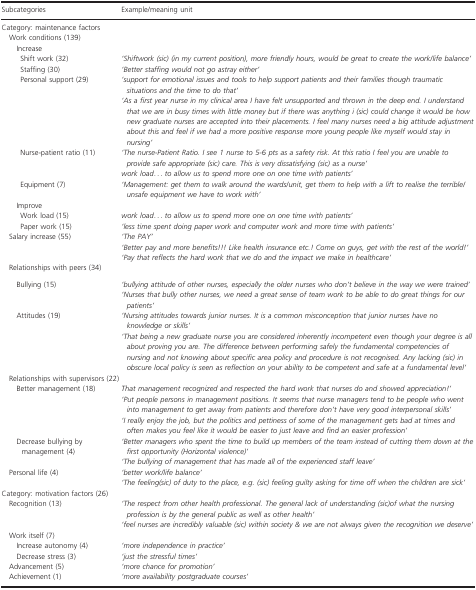
<table><thead><tr><td><b>Subcategories</b></td><td><b>Example/meaning unit</b></td></tr></thead><tbody><tr><td colspan="2">Category: maintenance factors</td></tr><tr><td colspan="2">Work conditions (139)</td></tr><tr><td colspan="2">Increase</td></tr><tr><td>Shift work (32)</td><td><i>‘Shiftwork (sic) (in my current position), more friendly hours, would be great to create the work/life balance’</i></td></tr><tr><td>Staffing (30)</td><td><i>‘Better staffing would not go astray either’</i></td></tr><tr><td rowspan="2">Personal support (29)</td><td><i>‘support for emotional issues and tools to help support patients and their families though traumatic situations and the time to do that’</i></td></tr><tr><td><i>‘As a first year nurse in my clinical area I have felt unsupported and thrown in the deep end. I understand that we are in busy times with little money but if there was anything i (sic) could change it would be how new graduate nurses are accepted into their placements. I feel many nurses need a big attitude adjustment about this and feel if we had a more positive response more young people like myself would stay in nursing’</i></td></tr><tr><td rowspan="2">Nurse‐patient ratio (11)</td><td><i>‘The nurse‐Patient Ratio. I see 1 nurse to 5‐6 pts as a safety risk. At this ratio I feel you are unable to provide safe appropriate (sic) care. This is very dissatisfying (sic) as a nurse’</i></td></tr><tr><td><i>work load... to allow us to spend more one on one time with patients’</i></td></tr><tr><td>Equipment (7)</td><td><i>‘Management: get them to walk around the wards/unit, get them to help with a lift to realise the terrible/unsafe equipment we have to work with’</i></td></tr><tr><td colspan="2">Improve</td></tr><tr><td>Work load (15)</td><td><i>work load... to allow us to spend more one on one time with patients’</i></td></tr><tr><td>Paper work (15)</td><td><i>‘less time spent doing paper work and computer work and more time with patients’</i></td></tr><tr><td rowspan="3">Salary increase (55)</td><td><i>‘The PAY’</i></td></tr><tr><td><i>‘Better pay and more benefits!!! Like health insurance etc.! Come on guys, get with the rest of the world!’</i></td></tr><tr><td><i>‘Pay that reflects the hard work that we do and the impact we make in healthcare’</i></td></tr><tr><td colspan="2">Relationships with peers (34)</td></tr><tr><td rowspan="2">Bullying (15)</td><td><i>‘bullying attitude of other nurses, especially the older nurses who don&#x27;t believe in the way we were trained’</i></td></tr><tr><td><i>‘Nurses that bully other nurses, we need a great sense of team work to be able to do great things for our patients’</i></td></tr><tr><td rowspan="2">Attitudes (19)</td><td><i>‘Nursing attitudes towards junior nurses. It is a common misconception that junior nurses have no knowledge or skills’</i></td></tr><tr><td><i>‘That being a new graduate nurse you are considered inherently incompetent even though your degree is all about proving you are. The difference between performing safely the fundamental competencies of nursing and not knowing about specific area policy and procedure is not recognised. Any lacking (sic) in obscure local policy is seen as reflection on your ability to be competent and safe at a fundamental level’</i></td></tr><tr><td colspan="2">Relationships with supervisors (22)</td></tr><tr><td rowspan="3">Better management (18)</td><td><i>That management recognized and respected the hard work that nurses do and showed appreciation!’</i></td></tr><tr><td><i>‘Put people persons in management positions. It seems that nurse managers tend to be people who went into management to get away from patients and therefore don&#x27;t have very good interpersonal skills’</i></td></tr><tr><td><i>‘I really enjoy the job, but the politics and pettiness of some of the management gets bad at times and often makes you feel like it would be easier to just leave and find an easier profession’</i></td></tr><tr><td rowspan="2">Decrease bullying by management (4)</td><td><i>‘Better managers who spent the time to build up members of the team instead of cutting them down at the first opportunity (Horizontal violence)’</i></td></tr><tr><td><i>‘The bullying of management that has made all of the experienced staff leave’</i></td></tr><tr><td rowspan="2">Personal life (4)</td><td><i>‘better work/life balance’</i></td></tr><tr><td><i>‘The feeling(sic) of duty to the place, e.g. (sic) feeling guilty asking for time off when the children are sick’</i></td></tr><tr><td colspan="2">Category: motivation factors (26)</td></tr><tr><td rowspan="2">Recognition (13)</td><td><i>‘The respect from other health professional. The general lack of understanding (sic)of what the nursing profession is by the general public as well as other health’</i></td></tr><tr><td><i>‘feel nurses are incredibly valuable (sic) within society &amp; we are not always given the recognition we deserve’</i></td></tr><tr><td colspan="2">Work itself (7)</td></tr><tr><td>Increase autonomy (4)</td><td><i>‘more independence in practice’</i></td></tr><tr><td>Decrease stress (3)</td><td><i>‘just the stressful times’</i></td></tr><tr><td>Advancement (5)</td><td><i>‘more chance for promotion’</i></td></tr><tr><td>Achievement (1)</td><td><i>‘more availability postgraduate courses’</i></td></tr></tbody></table>